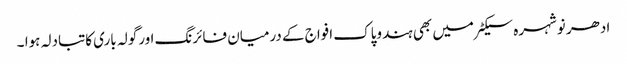
ادھر نوشہرہ سیکٹر میں بھی ہندوپاک افواج کے درمیان فائرنگ اورگولہ باری کاتبادلہ ہوا ۔